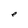
Character: e